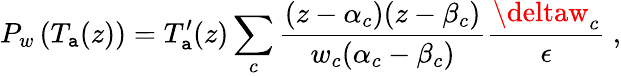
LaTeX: P_{w}\left(T_{\mathtt{a}}(z)\right)=T_{\mathtt{a}}^{\prime}(z)\sum_{c}\frac{{(z-\alpha_{c})(z-\beta_{c})}}{{w_{c}(\alpha_{c}-\beta_{c})}}\frac{{\deltaw_{c}}}{{\epsilon}}\ ,